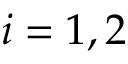
i = 1 , 2